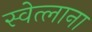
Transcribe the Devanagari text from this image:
स्वेत्लाना